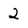
Character: 2